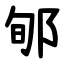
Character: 郇